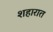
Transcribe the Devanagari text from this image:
शहारात